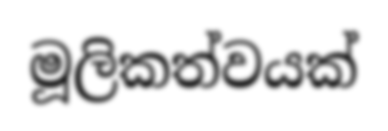
මූලිකත්වයක්